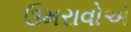
ઉમરાવોએ